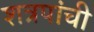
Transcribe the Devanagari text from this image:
शत्रपांची